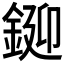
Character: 𨧞